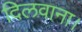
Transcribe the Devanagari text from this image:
दिलवाना।